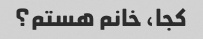
کجا، خانم هستم؟